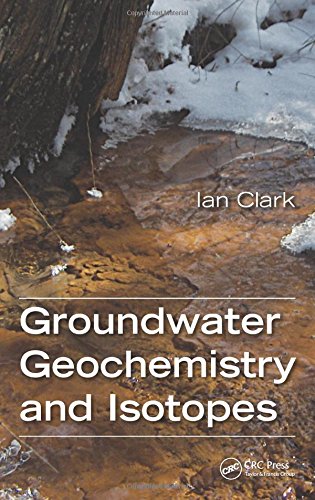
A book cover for Groundwater Geochemistry and Isotopes; Ian Clark; Science & Math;